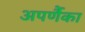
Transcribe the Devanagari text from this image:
अपर्णैका